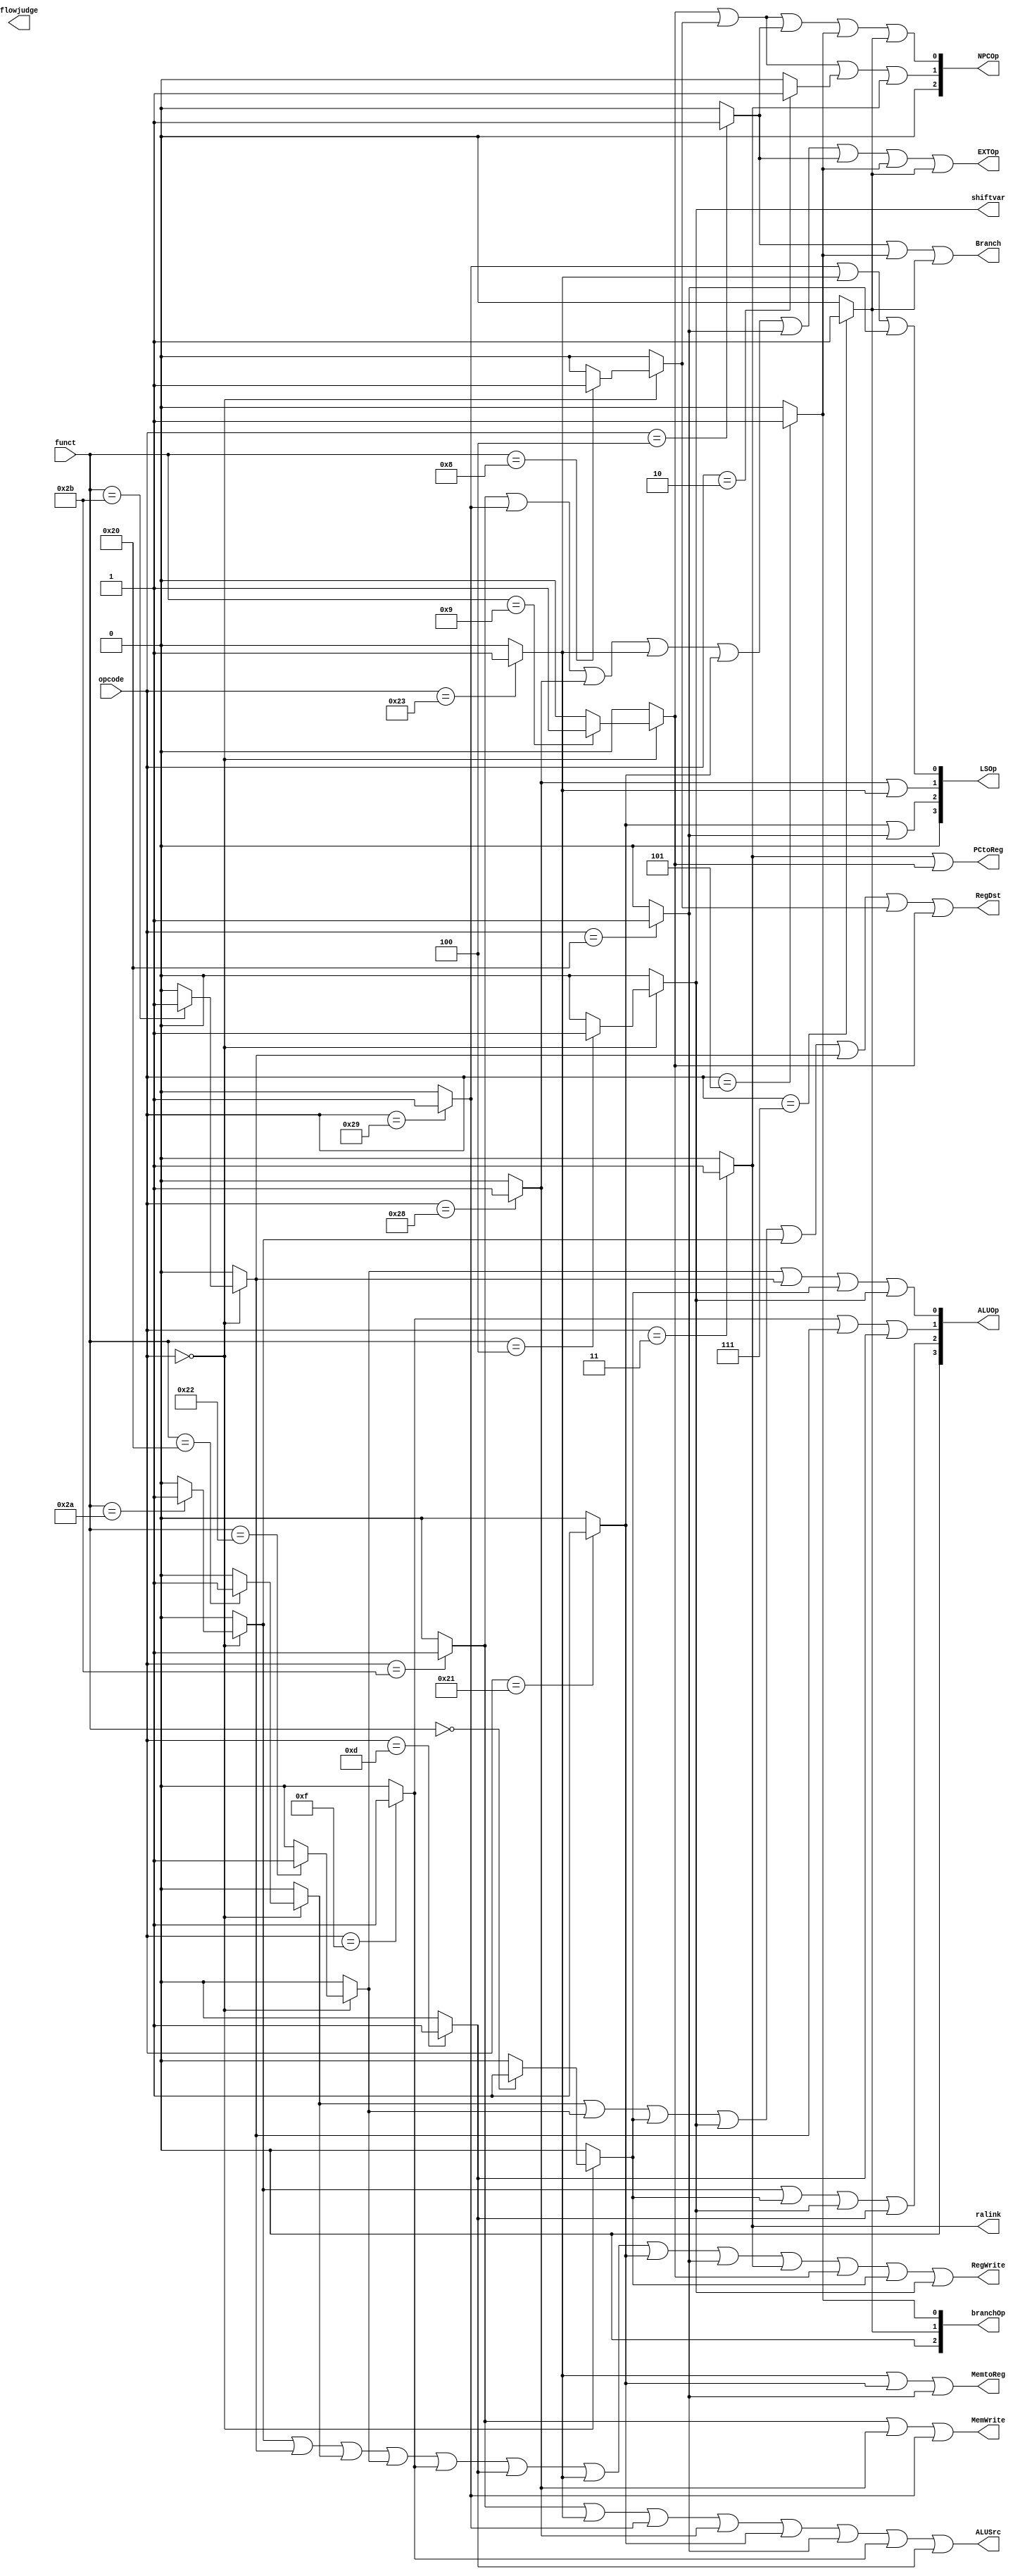
`timescale 1ns / 1ps
//////////////////////////////////////////////////////////////////////////////////
// Company: 
// Engineer: 
// 
// Design Name: 
// Module Name:    Controller 
// Project Name: 
// Target Devices: 
// Tool versions: 
// Description: 
//
// Dependencies: 
//
// Revision: 
// Revision 0.01 - File Created
// Additional Comments: 
//
//////////////////////////////////////////////////////////////////////////////////
module Controller(
input [5:0] opcode,
input [5:0] funct,
output reg MemtoReg,
output reg MemWrite,
output reg ALUSrc,
output reg RegWrite,
output reg EXTOp,
output reg RegDst,
output reg PCtoReg,
output reg ralink,
output reg shiftvar,  
output reg Branch,
output reg flowjudge,
output wire [2:0] branchOp,
output wire [2:0] NPCOp,
output wire [3:0] ALUOp,
output wire [3:0] LSOp
);

reg op_add;
reg op_sub;
reg op_sll;
reg op_sllv;
reg op_slt;
reg op_sltu;
reg op_jr;
reg op_jalr;
reg op_j;
reg op_jal;
reg op_lui;
reg op_ori;
reg op_beq;
reg op_bne;
reg op_bgtz;
reg op_sw;
reg op_sh;
reg op_sb;
reg op_lw;
reg op_lh;
reg op_lb;

localparam R = 6'b000000;
localparam _add = 6'b100000;
localparam _sub = 6'b100010;
localparam _sll = 6'b000000;
localparam _sllv = 6'b000100;
localparam _slt = 6'b101010;
localparam _sltu = 6'b101011;
localparam _jr = 6'b001000;
localparam _jalr = 6'b001001;
localparam _j = 6'b000010;
localparam _jal = 6'b000011;
localparam _lui = 6'b001111;
localparam _ori = 6'b001101;
localparam _beq = 6'b000100;
localparam _bne = 6'b000101;
localparam _bgtz = 6'b000111;
localparam _sw = 6'b101011;
localparam _sh = 6'b101001;
localparam _sb = 6'b101000;
localparam _lw = 6'b100011;
localparam _lh = 6'b100001;
localparam _lb = 6'b100000;

reg branchOp2 = 1'b0;
reg branchOp1 = 1'b0;
reg branchOp0 = 1'b0;
reg ALUOp3 = 1'b0;
reg ALUOp2 = 1'b0;
reg ALUOp1 = 1'b0;
reg ALUOp0 = 1'b0;
reg NPCOp2 = 1'b0;
reg NPCOp1 = 1'b0;
reg NPCOp0 = 1'b0;
reg LSOp3 = 1'b0;
reg LSOp2 = 1'b0;
reg LSOp1 = 1'b0;
reg LSOp0 = 1'b0;

always@(*) begin
op_add = 1'b0;
op_sub = 1'b0;
op_sll = 1'b0;
op_sllv = 1'b0;
op_slt = 1'b0;
op_sltu = 1'b0;
op_jr = 1'b0;
op_jalr = 1'b0;
op_j = 1'b0;
op_jal = 1'b0;
op_lui = 1'b0;
op_ori = 1'b0;
op_beq = 1'b0;
op_bne = 1'b0;
op_bgtz = 1'b0;
op_sw = 1'b0;
op_sh = 1'b0;
op_sb = 1'b0;
op_lw = 1'b0;
op_lh = 1'b0;
op_lb = 1'b0;

case(opcode)

R :
begin
case(funct)
_add : op_add = 1'b1;
_sub : op_sub = 1'b1;
_sll : op_sll = 1'b1;
_sllv : op_sllv = 1'b1;
_slt : op_slt = 1'b1;
_sltu : op_sltu = 1'b1;
_jr : op_jr = 1'b1;
_jalr : op_jalr = 1'b1;
endcase
end

_j : op_j = 1'b1;
_jal : op_jal = 1'b1;
_lui : op_lui = 1'b1;
_ori : op_ori = 1'b1;
_beq : op_beq = 1'b1;
_bne : op_bne = 1'b1;
_bgtz : op_bgtz = 1'b1;
_sw : op_sw = 1'b1;
_sh : op_sh = 1'b1;
_sb : op_sb = 1'b1;
_lw : op_lw = 1'b1;
_lh : op_lh = 1'b1;
_lb : op_lb = 1'b1;
endcase

MemtoReg = op_lw | op_lh | op_lb ;
RegDst =  op_add | op_sub | op_sll | op_sllv | op_slt | op_sltu | op_jr | op_jalr ;
ALUSrc = op_sw | op_lw | op_sh | op_sb | op_lh | op_lb | op_lui | op_ori;   
RegWrite = op_slt | op_sltu |  op_add | op_sub | op_lui | op_ori | op_lw | op_lh | op_lb | op_jal | op_jalr | op_sll | op_sllv ;
MemWrite = op_sw | op_sb | op_sh ;
shiftvar = op_sllv ;
ralink = op_jal ;
PCtoReg = op_jal | op_jalr ;
EXTOp =  op_sw | op_sh | op_sb | op_lw | op_lh | op_lb | op_beq | op_bne | op_bgtz ;
Branch = op_beq | op_bne | op_bgtz ; 
//branchop
branchOp2 = 1'b0;
branchOp1 = op_bgtz ;
branchOp0 = op_bne;
//NPCOp
NPCOp2 = 1'b0;
NPCOp1 = op_jalr | op_jr | op_j | op_jal;
NPCOp0 = op_jalr | op_jr | op_beq | op_bne | op_bgtz ;
//ALUOp  
ALUOp3 = 1'b0;
ALUOp2 = op_slt | op_sll | op_sllv | op_ori;
ALUOp1 = op_lui | op_sltu | op_ori;
ALUOp0 = op_sub | op_sltu | op_sll | op_sllv;
//LSOp
LSOp3 = 1'b0;
LSOp2 = op_lh | op_lb ;
LSOp1 = op_sb | op_lw ;
LSOp0 = op_sh | op_lw | op_lb ;
end

assign branchOp = {branchOp2,branchOp1,branchOp0};
assign ALUOp ={ALUOp3,ALUOp2,ALUOp1,ALUOp0};
assign NPCOp = {NPCOp2,NPCOp1,NPCOp0};
assign LSOp = {LSOp3,LSOp2,LSOp1,LSOp0};

endmodule